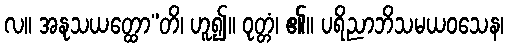
လ။ အနုသယတ္ထော”တိ၊ ဟူ၍။ ဝုတ္တံ၊ ၏။ ပရိညာဘိသမယဝသေန၊